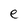
Character: e